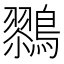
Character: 𱈹